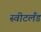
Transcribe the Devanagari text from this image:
स्वीटलँड